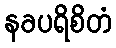
နခပရိစိတံ